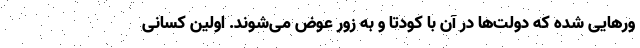
ورهایی شده که دولت‌ها در آن با کودتا و به زور عوض می‌شوند. اولین کسانی